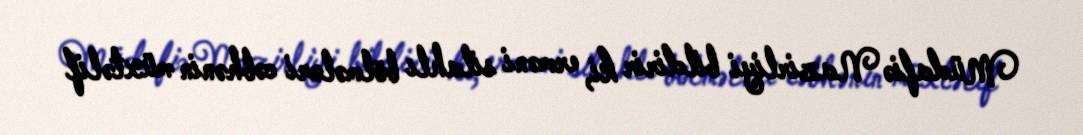
Müdafiə Nazirliyi bildirir ki, erməni silahlı bölmələri cəbhənin müxtəlif